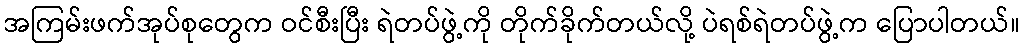
အကြမ်းဖက်အုပ်စုတွေက ဝင်စီးပြီး ရဲတပ်ဖွဲ့ကို တိုက်ခိုက်တယ်လို့ ပဲရစ်ရဲတပ်ဖွဲ့က ပြောပါတယ်။